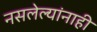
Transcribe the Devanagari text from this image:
नसलेल्यांनाही